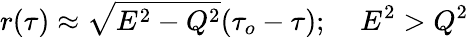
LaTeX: r(\tau)\approx\sqrt{E^{2}-Q^{2}}(\tau_{o}-\tau);\; \; \; \; E^{2}>Q^{2}